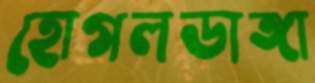
হোগলডাঙ্গা